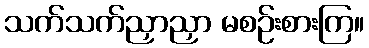
သက်သက်ညှာညှာ မစဉ်းစားကြ။